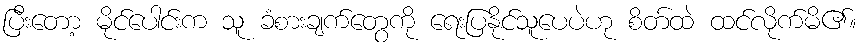
ပြီးတော့ မိုင်ပေါင်းက သူ ခံစားချက်တွေကို ရေးပြနိုင်သူပေပဲဟု စိတ်ထဲ ထင်လိုက်မိ၏။